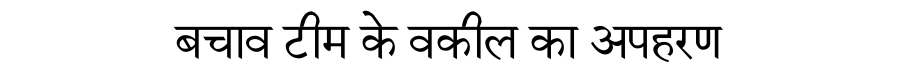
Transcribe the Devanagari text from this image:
बचाव टीम के वकील का अपहरण